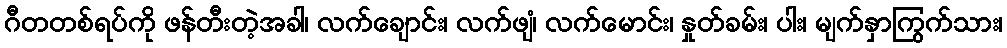
ဂီတတစ်ရပ်ကို ဖန်တီးတဲ့အခါ၊ လက်ချောင်း၊ လက်ဖျံ၊ လက်မောင်း၊ နှုတ်ခမ်း၊ ပါး၊ မျက်နှာကြွက်သား၊